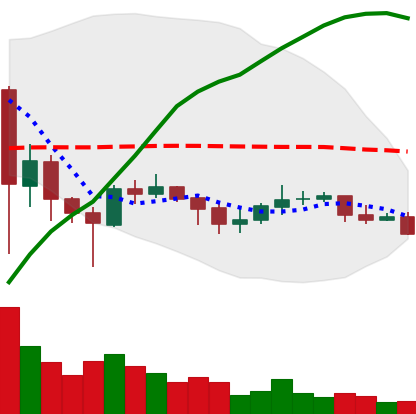
Ticker: XLM-USD
Chart end date: 2021-06-07
Forward return: -5.18%
Label: down_5_7